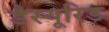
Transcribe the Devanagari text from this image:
डैस्यूरिड